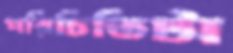
পরিচিতিটা